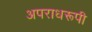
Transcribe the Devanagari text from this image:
अपराधरूपी